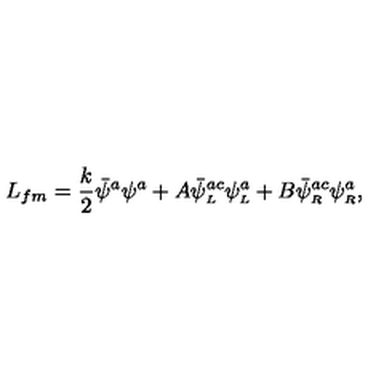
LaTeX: L _ { f m } = \frac { k } { 2 } \bar { \psi } ^ { a } \psi ^ { a } + A \bar { \psi } _ { \scriptscriptstyle L } ^ { a c } \psi _ { \scriptscriptstyle L } ^ { a } + B \bar { \psi } _ { \scriptscriptstyle R } ^ { a c } \psi _ { \scriptscriptstyle R } ^ { a } ,